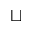
\sqcup